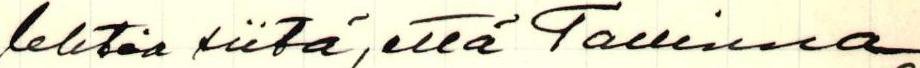
lehtia siitä, että Tallinna